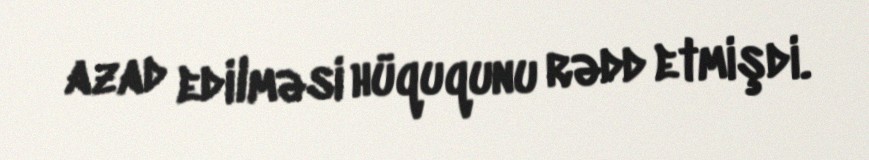
azad edilməsi hüququnu rədd etmişdi.